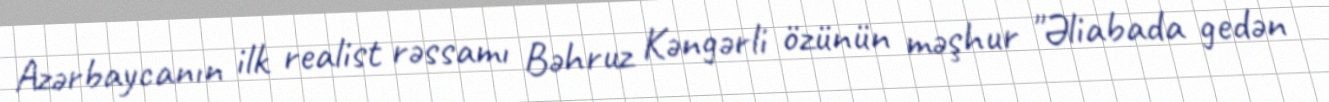
Azərbaycanın ilk realist rəssamı Bəhruz Kəngərli özünün məşhur "Əliabada gedən